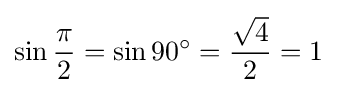
\sin {\frac {\pi }{2}}=\sin 90^{\circ }={\frac {\sqrt {4}}{2}}=1